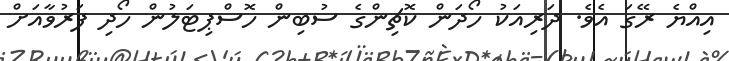
އިއްޔެ ރޭގަ އެވެ. ދަރިއަކު ހޯދަން ކޮޗިންގެ ސުބިން ހޮސްޕިޓަލުން ހޯދި ފަރުވާއަށް